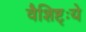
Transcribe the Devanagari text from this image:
वैशिष्ट्ःये